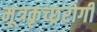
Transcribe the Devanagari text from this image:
मूत्रकृच्छ्ररोगी